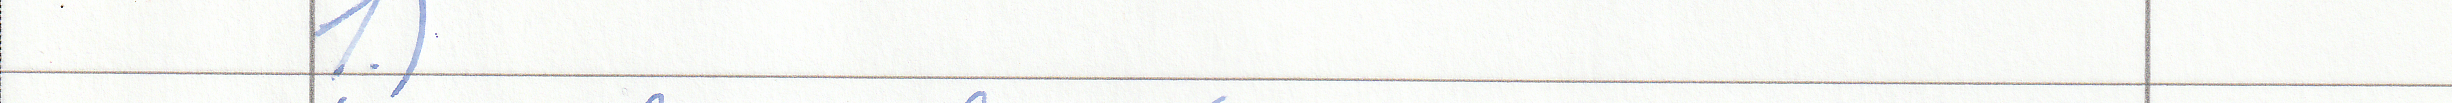
1.)